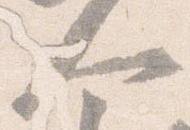
人